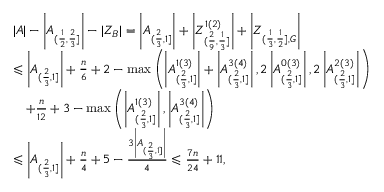
\begin{array} { r l } & { | A | - \left| A _ { ( \frac { 1 } { 2 } , \frac { 2 } { 3 } ] } \right| - | Z _ { B } | = \left| A _ { ( \frac { 2 } { 3 } , 1 ] } \right| + \left| Z _ { ( \frac { 2 } { 9 } , \frac { 1 } { 3 } ] } ^ { 1 ( 2 ) } \right| + \left| Z _ { ( \frac { 1 } { 3 } , \frac { 1 } { 2 } ] , G } \right| } \\ & { \leqslant \left| A _ { ( \frac { 2 } { 3 } , 1 ] } \right| + \frac { n } { 6 } + 2 - \operatorname* { m a x } \left( \left| A _ { ( \frac { 2 } { 3 } , 1 ] } ^ { 1 ( 3 ) } \right| + \left| A _ { ( \frac { 2 } { 3 } , 1 ] } ^ { 3 ( 4 ) } \right| , 2 \left| A _ { ( \frac { 2 } { 3 } , 1 ] } ^ { 0 ( 3 ) } \right| , 2 \left| A _ { ( \frac { 2 } { 3 } , 1 ] } ^ { 2 ( 3 ) } \right| \right) } \\ & { \, \, \, \, \, \, + \frac { n } { 1 2 } + 3 - \operatorname* { m a x } \left( \left| A _ { ( \frac { 2 } { 3 } , 1 ] } ^ { 1 ( 3 ) } \right| , \left| A _ { ( \frac { 2 } { 3 } , 1 ] } ^ { 3 ( 4 ) } \right| \right) } \\ & { \leqslant \left| A _ { ( \frac { 2 } { 3 } , 1 ] } \right| + \frac { n } { 4 } + 5 - \frac { 3 \left| A _ { ( \frac { 2 } { 3 } , 1 ] } \right| } { 4 } \leqslant \frac { 7 n } { 2 4 } + 1 1 , } \end{array}